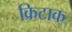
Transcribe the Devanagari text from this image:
क्रिटाक